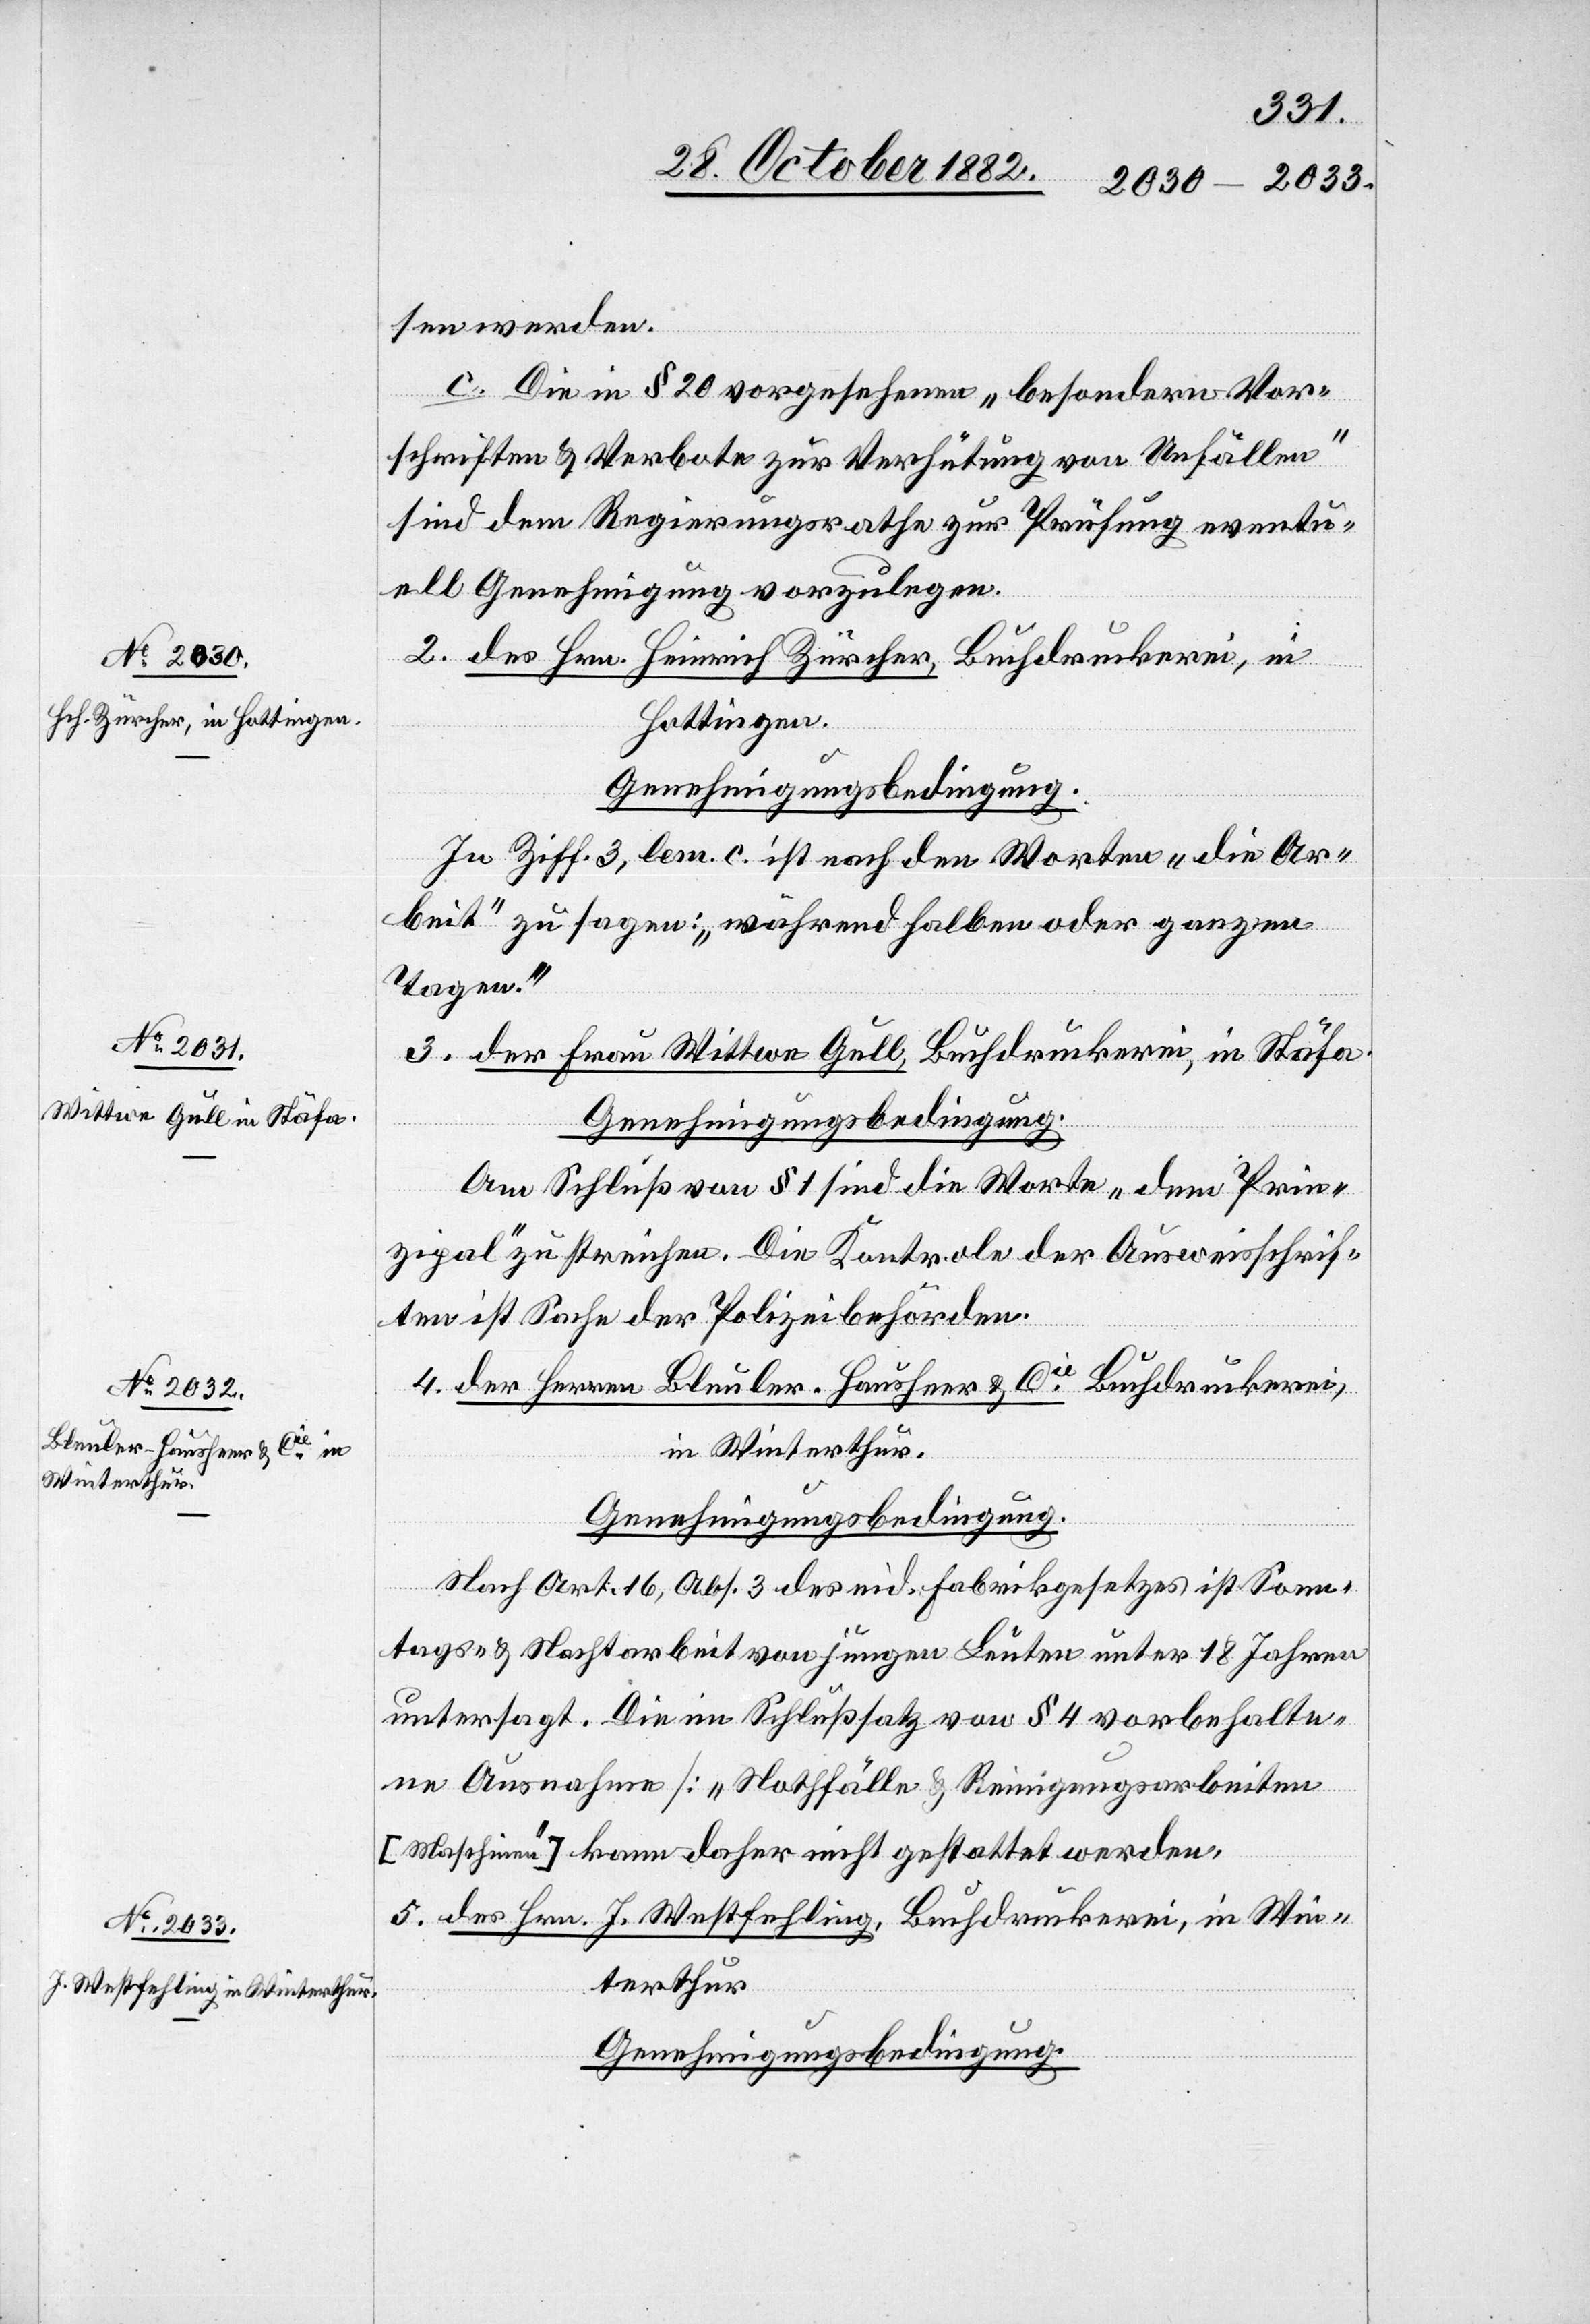
sen werden.
c. Die in § 20 vorgesehenen „besondern Vor¬
schriften & Verbote zur Verhütung von Unfällen“
sind dem Regierungsrathe zur Prüfung eventu¬
ell Genehmigung vorzulegen.
2. des Hrn. Heinrich Zürcher, Buchdruckerei, in
Hottingen.
Genehmigungsbedingung.
In Ziff. 3, lem. c. ist nach den Worten „die Ar¬
beit“ zu sagen: „während halben oder ganzen
Tagen.“
3. der Frau Wittwe Gull, Buchdruckerei, in Stäfa.
Genehmigungsbedingung.
Am Schluß von § 1 sind die Worte „dem Prin¬
zipal“ zu streichen. Die Kontrole der Ausweisschrif¬
ten ist Sache der Polizeibehörden.
4. der Herren Bleuler-Hausheer & Cie, Buchdruckerei,
in Winterthur.
Genehmigungsbedingung.
Nach Art. 16, Abs. 3 des eid. Fabrikgesetzes ist Sonn¬
tags- & Nachtarbeit von jungen Leuten unter 18 Jahren
untersagt. Die im Schlußsatz von § 4 vorbehalte¬
ne Ausnahme [„Nothfälle & Reinigungsarbeiten
[Maschinen]“] kann daher nicht gestattet werden.
5. des Hrn. J. Westfehling, Buchdruckerei, in Win¬
terthur.
Genehmigungsbedingung.